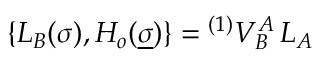
\{ L _ { B } ( \sigma ) , { \cal H } _ { o } ( \underline { { { \sigma } } } ) \} = { } ^ { ( 1 ) } V _ { B } ^ { A } \, L _ { A }